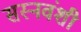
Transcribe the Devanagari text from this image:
सस्नवंशी